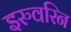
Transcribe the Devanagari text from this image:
इरुवरिन